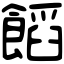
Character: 饀